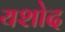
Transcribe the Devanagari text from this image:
यशोद